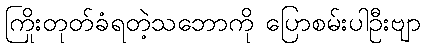
ကြိုးတုတ်ခံရတဲ့သဘောကို ပြောစမ်းပါဦးဗျာ